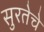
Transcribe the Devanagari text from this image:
सुरतेचे